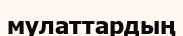
мулаттардың